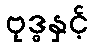
ဗုဒ္ဓနှင့်